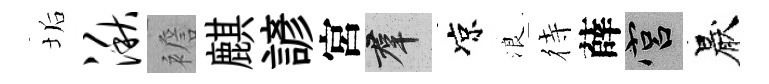
垢湫襜麒諺宮群凉浪待薛宫厭